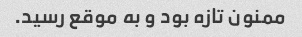
ممنون تازه بود و به موقع رسید.